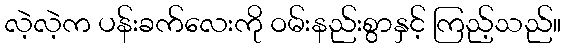
လဲ့လဲ့က ပန်းခက်လေးကို ဝမ်းနည်းစွာနှင့် ကြည့်သည်။